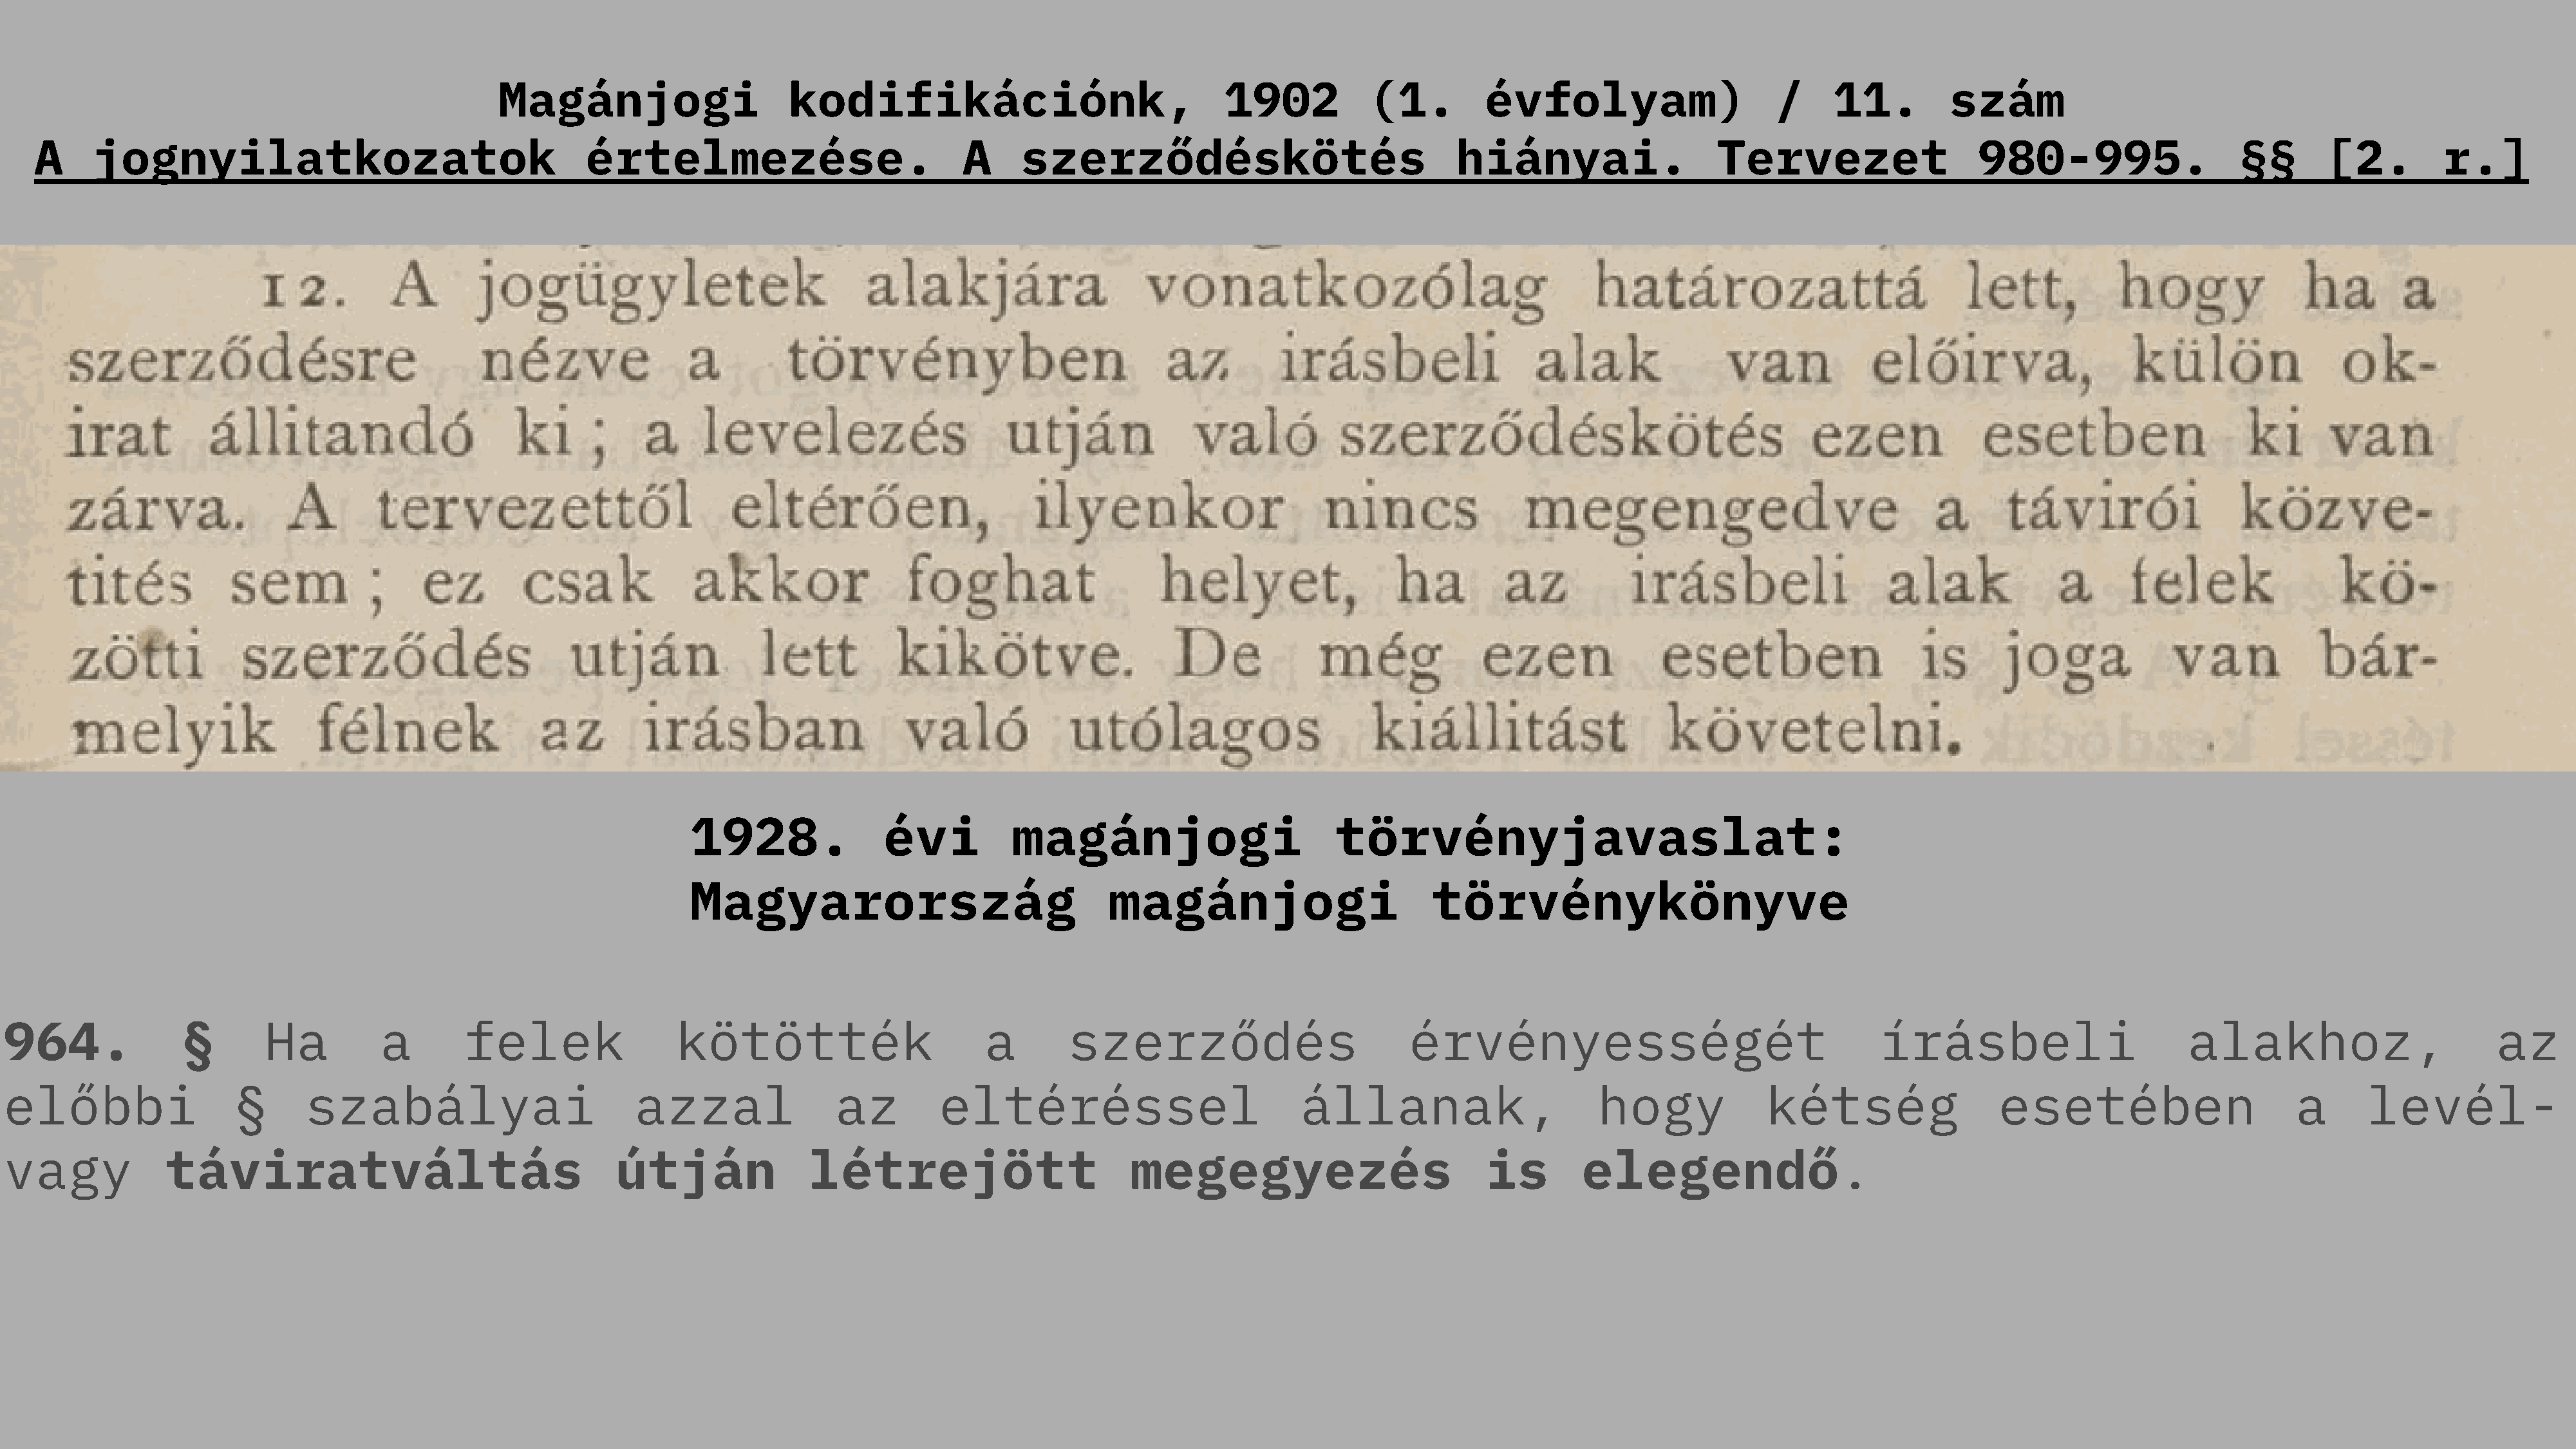
Magánjogi                     kodifikációnk,                               1902           (1.         évfolyam)                    /     11.         szám
 A    jognyilatkozatok                                   értelmezése.                           A     szerződéskötés                               hiányai.                  Tervezet                   980-995.                   §§       [2.         r.]
 1928.               évi          magánjogi                        törvényjavaslat:
 Magyarország                               magánjogi                        törvénykönyve
 964.                       Ha          a        felek                kötötték                        a        szerződés                          érvényességét                                   írásbeli                        alakhoz,                        az
 §
 előbbi                  §      szabályai                         azzal                az         eltéréssel                           állanak,                      hogy              kétség                 esetében                       a      levél-
 vagy             táviratváltás                                 útján               létrejött                        megegyezés                           is        elegendő.